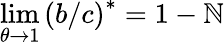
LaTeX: \operatorname*{lim}_{\theta\rightarrow1}\left(b/c\right)^{\ast}=1-\mathbb{N}